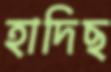
হাদিছ